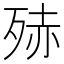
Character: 𭮒